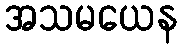
အသမယေန